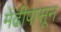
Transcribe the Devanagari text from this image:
मेंढीपासून